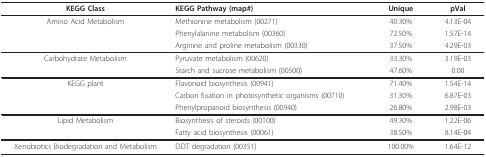
| KEGG Class | KEGG Pathway (map#) | Unique | pVal |
 | --- | --- | --- | --- |
 | Amino Acid Metabolism | Methionine metabolism (00271) | 40.30% | 4.13E-04 |
 |  | Phenylalanine metabolism (00360) | 72.50% | 1.57E-14 |
 |  | Arginine and proline metabolism (00330) | 37.50% | 4.29E-03 |
 | Carbohydrate Metabolism | Pyruvate metabolism (00620) | 33.30% | 3.19E-03 |
 |  | Starch and sucrose metabolism (00500) | 47.60% | 0.00 |
 | KEGG plant | Flavonoid biosynthesis (00941) | 71.40% | 1.54E-14 |
 |  | Carbon fixation in photosynthetic organisms (00710) | 31.30% | 6.87E-03 |
 |  | Phenylpropanoid biosynthesis (00940) | 26.80% | 2.98E-03 |
 | Lipid Metabolism | Biosynthesis of steroids (00100) | 49.30% | 1.22E-06 |
 |  | Fatty acid biosynthesis (00061) | 38.50% | 8.14E-04 |
 | Xenobiotics Biodegradation and Metabolism | DDT degradation (00351) | 100.00% | 1.64E-12 |